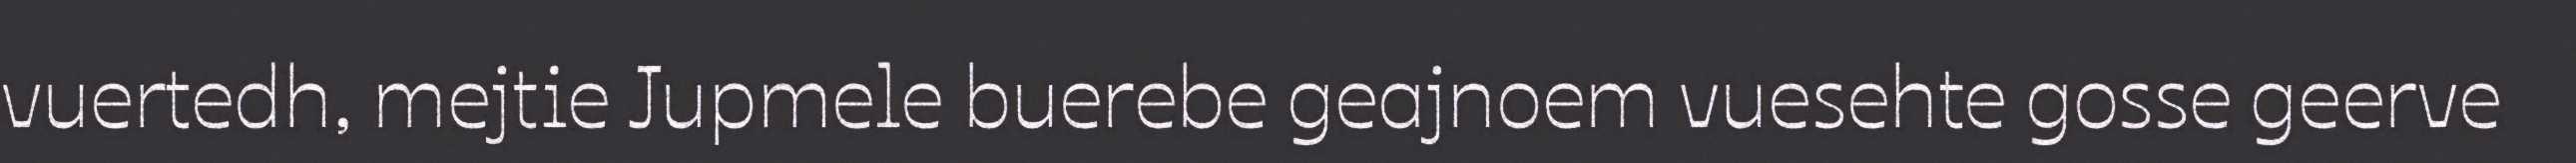
vuertedh, mejtie Jupmele buerebe geajnoem vuesehte gosse geerve